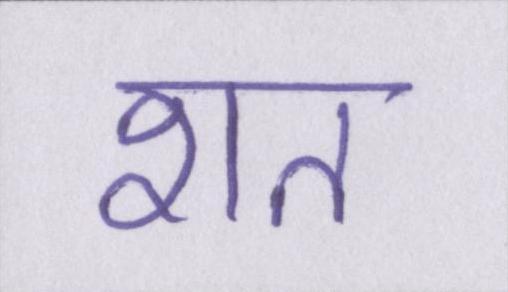
शत